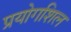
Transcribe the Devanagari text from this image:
प्रयोगशिल